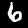
Label: 6